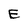
Character: E